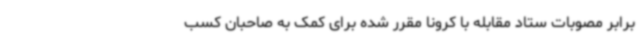
برابر مصوبات ستاد مقابله با کرونا مقرر شده برای کمک به صاحبان کسب